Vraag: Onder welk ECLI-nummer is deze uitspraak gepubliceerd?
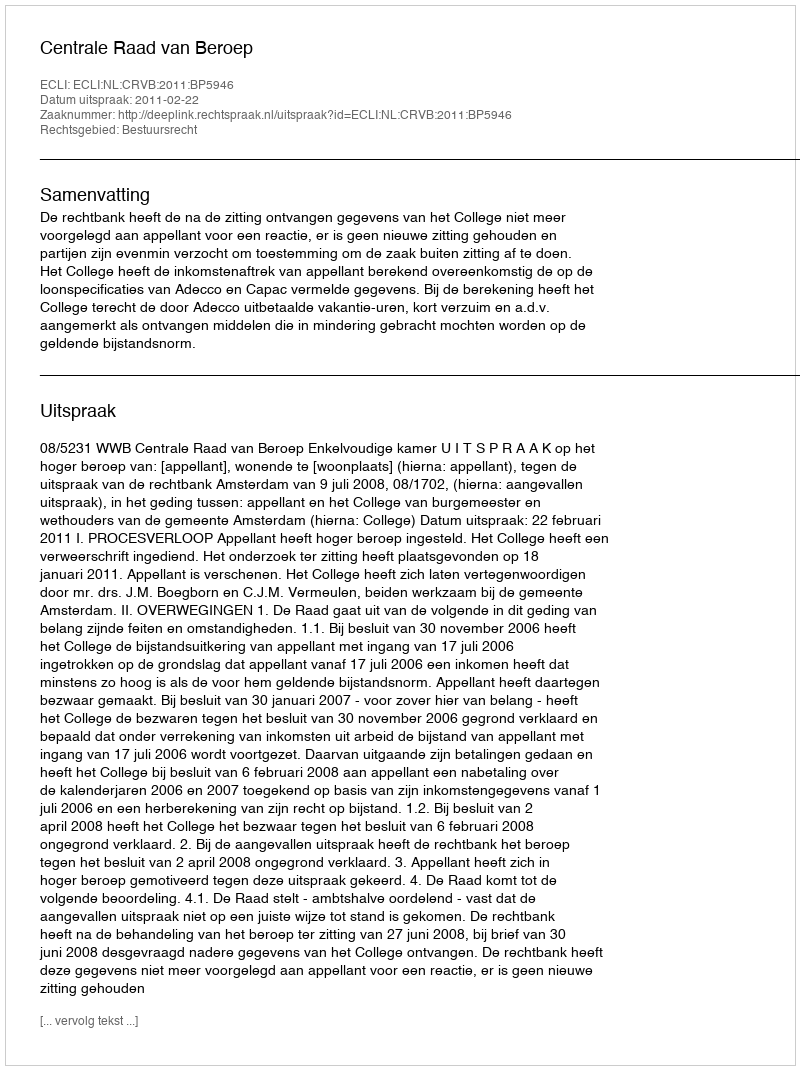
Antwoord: ECLI:NL:CRVB:2011:BP5946